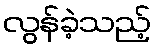
လွန်ခဲ့သည့်